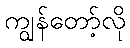
ကျွန်တော့်လို